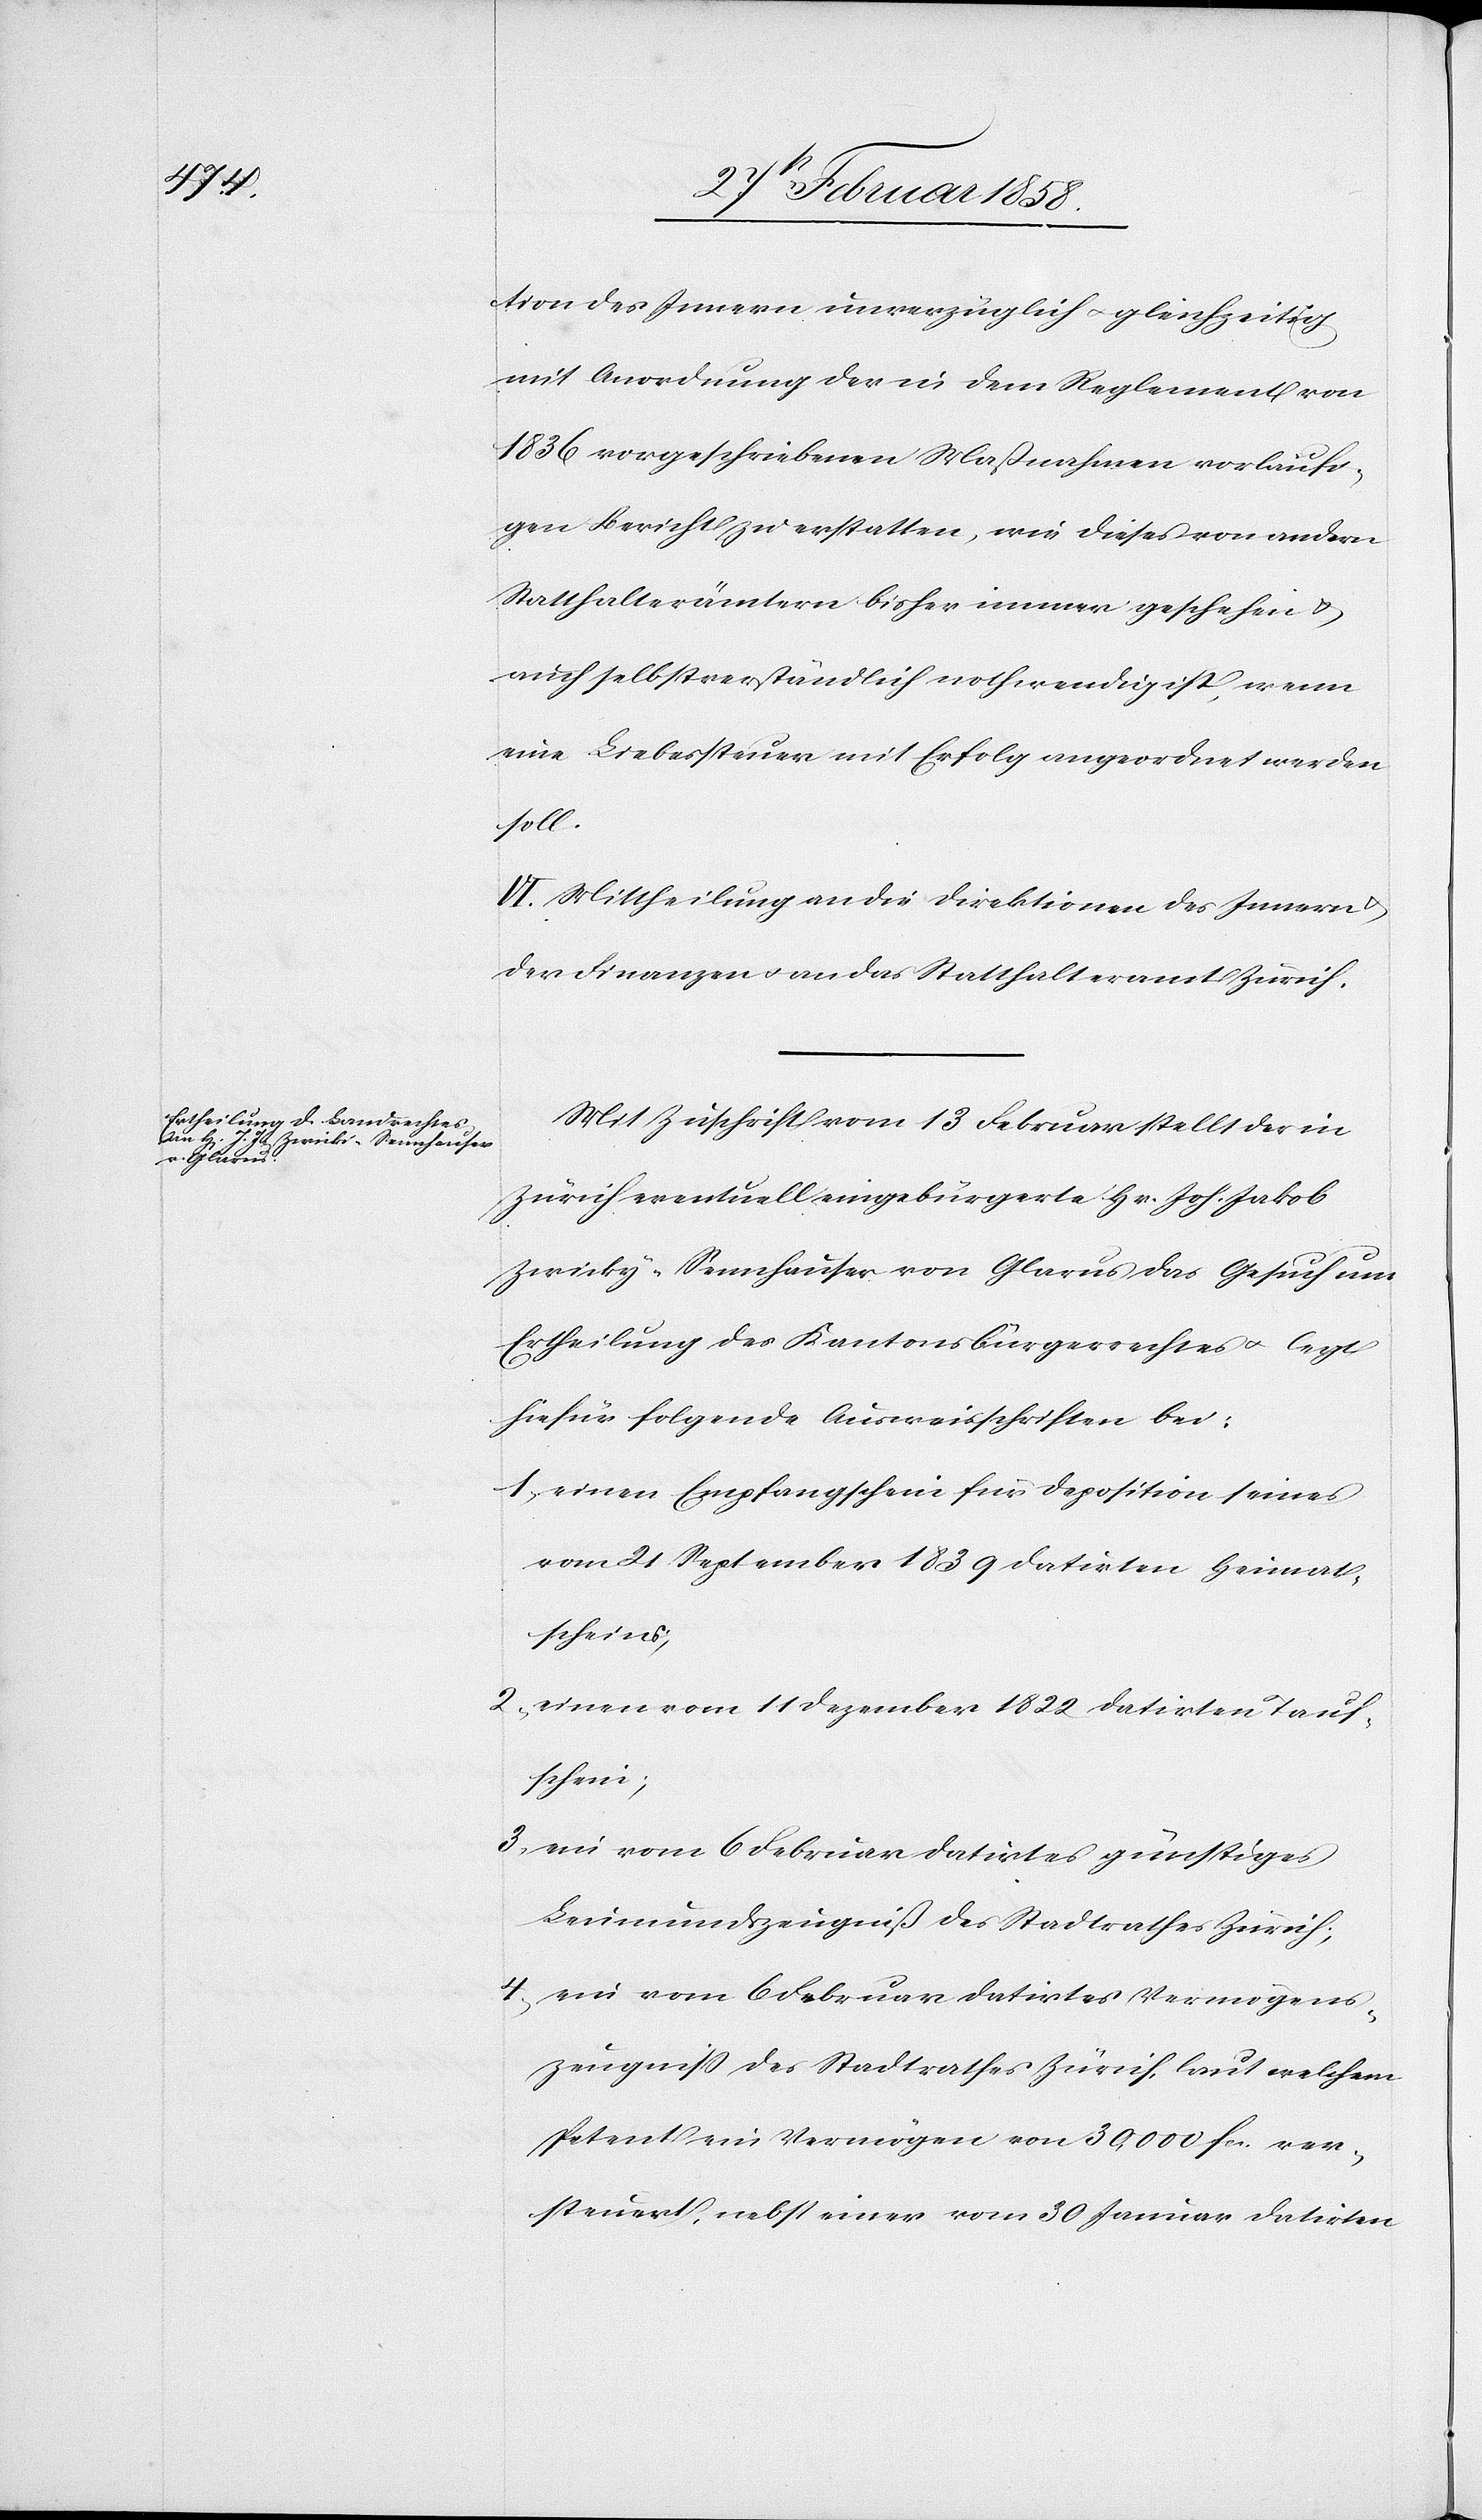
Gesuch um

tion des Innern unverzüglich u. gleichzeitig
mit Anordnung der in dem Reglement von
1836 vorgeschriebenen Maßnahmen vorläufi¬
gen Bericht zu erstatten, wie dieses von andern
Statthalterämtern bisher immer geschehen u.
auch selbstverständlich nothwendig ist, wenn
eine Liebessteuer mit Erfolg angeordnet werden
soll.
VI. Mittheilung an die Direktion des Innern
der Finanzen u. an das Statthalteramt Zürich.
Mit Zuschrift vom 13 Februar stellt der in
Zürich eventuell eingebürgerte Hr. Joh. Jakob
Ertheilung des Kantonsbürgerrechtes u. legt
hiefür folgende Ausweisschriften bei:
1. einen Empfangschein für Deposition seines
vom 21 September 1839 datirten Heimat¬
scheins;
2. einen vom 11 Dezember 1822 datirten Tauf¬
schein;
3. ein vom 6 Februar datirtes günstiges
Leumundzeugniß des Stadtrathes Zürich;
4. ein vom 6 Februar datirtes Vermögens¬
zeugniß des Stadtrathes Zürich, laut welchem
Petent ein Vermögen von 30,000 fcs. ver¬
steuert, nebst einer vom 30 Januar datirten